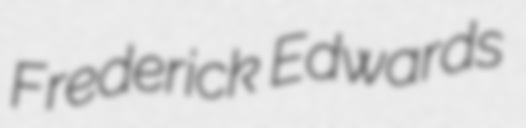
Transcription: Frederick Edwards